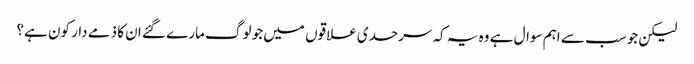
لیکن جو سب سے اہم سوال ہے وہ یہ کہ سرحدی علاقوں میں جو لوگ مارے گئے ان کا ذمے دار کون ہے؟